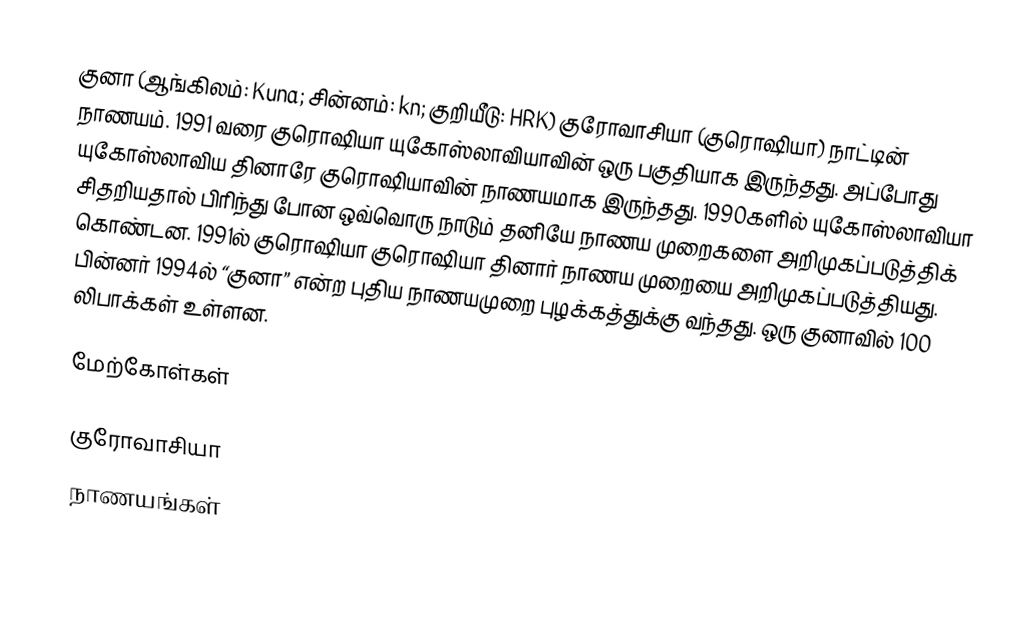
குனா (ஆங்கிலம்: Kuna; சின்னம்: kn; குறியீடு: HRK) குரோவாசியா (குரொஷியா) நாட்டின் நாணயம். 1991 வரை குரொஷியா யுகோஸ்லாவியாவின் ஒரு பகுதியாக இருந்தது. அப்போது யுகோஸ்லாவிய தினாரே குரொஷியாவின் நாணயமாக இருந்தது. 1990களில் யுகோஸ்லாவியா சிதறியதால் பிரிந்து போன ஒவ்வொரு நாடும் தனியே நாணய முறைகளை அறிமுகப்படுத்திக் கொண்டன. 1991ல் குரொஷியா குரொஷியா தினார் நாணய முறையை அறிமுகப்படுத்தியது. பின்னர் 1994ல் “குனா” என்ற புதிய நாணயமுறை புழக்கத்துக்கு வந்தது. ஒரு குனாவில் 100 லிபாக்கள் உள்ளன.

மேற்கோள்கள்

குரோவாசியா
நாணயங்கள்